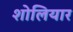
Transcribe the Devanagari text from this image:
शोलियार